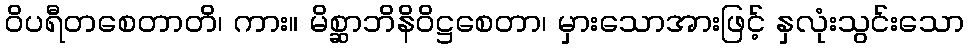
ဝိပရီတစေတာတိ၊ ကား။ မိစ္ဆာဘိနိဝိဋ္ဌစေတာ၊ မှားသောအားဖြင့် နှလုံးသွင်းသော